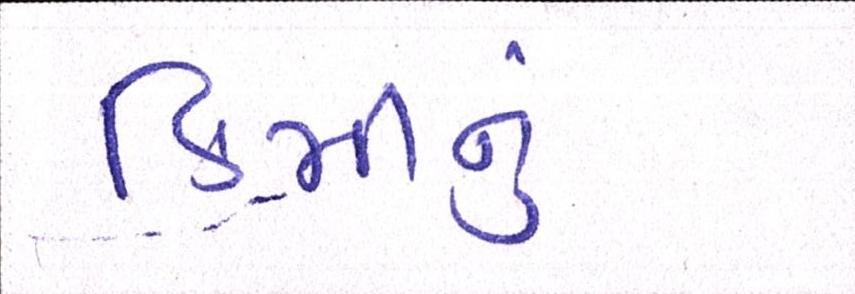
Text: કિમીનું